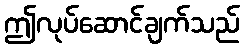
ဤလုပ်ဆောင်ချက်သည်